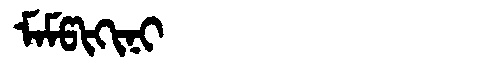
Manchu: ᠮᠠᠮᡦᡳᡴᡳᠨᡳ
Romanization: MAMPIKINI